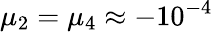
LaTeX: \mu_{2}=\mu_{4}\approx-10^{-4}